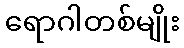
ရောဂါတစ်မျိုး